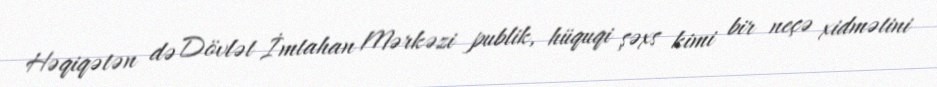
Həqiqətən də Dövlət İmtahan Mərkəzi publik, hüquqi şəxs kimi bir neçə xidmətini